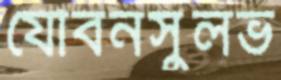
যৌবনসুলভ